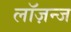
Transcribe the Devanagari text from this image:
लॉज़न्ज